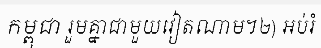
កម្ពុជា រួមគ្នាជាមួយវៀតណាម។២) អប់រំ